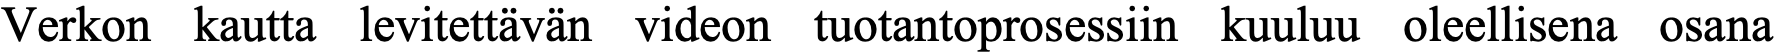
Verkon kautta levitettävän videon tuotantoprosessiin kuuluu oleellisena osana